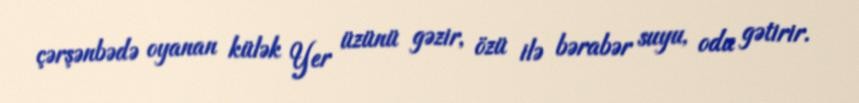
çərşənbədə oyanan külək Yer üzünü gəzir, özü ilə bərabər suyu, odu gətirir.